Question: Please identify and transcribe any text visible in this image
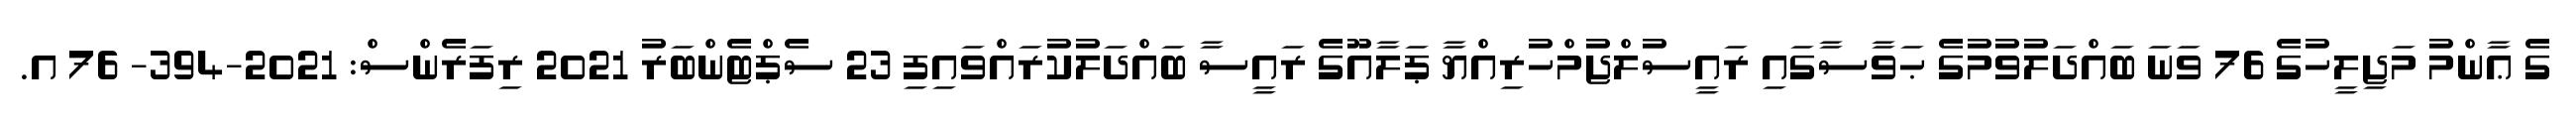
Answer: ގެ ޢާންމު މަޖިލީހުގެ 76 ވަނަ ބައްދަލުވުމުގެ ޙަވާސާގައި ރައީސުލްޖުމްހުރިއްޔާ ޕަލާއޫގެ ރައީސާ ބައްދަލުކުރައްވައިފި 23 ސެޕްޓެންބަރު 2021 ރިފަރެންސް: 2021-394- 76 އ.